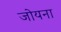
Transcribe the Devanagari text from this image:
जोयना